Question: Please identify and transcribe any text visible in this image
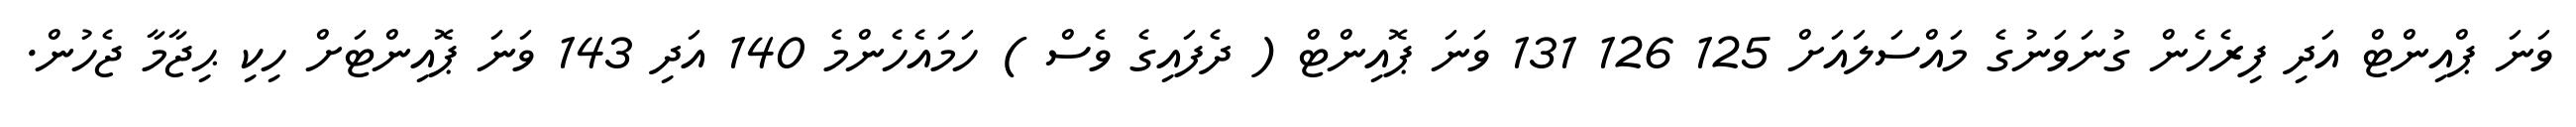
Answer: ވަނަ ޕްއިންޓް އަދި ފިރެހެން ގުނަވަނުގެ މައްސަލައަށް 125 126 131 ވަނަ ޕޮއިންޓް ( ދެފައިގެ ވެސް ) ހަމައެހެންމެ 140 އަދި 143 ވަނަ ޕޮއިންޓަށް ހިކި ޙިޖާމާ ޖެހުން.